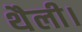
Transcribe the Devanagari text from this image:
थैली।